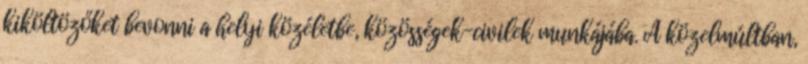
kiköltözőket bevonni a helyi közéletbe, közösségek-civilek munkájába. A közelmúltban,